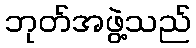
ဘုတ်အဖွဲ့သည်